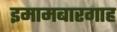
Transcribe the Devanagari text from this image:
इमामबारगाह